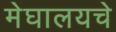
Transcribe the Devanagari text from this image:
मेघालयचे